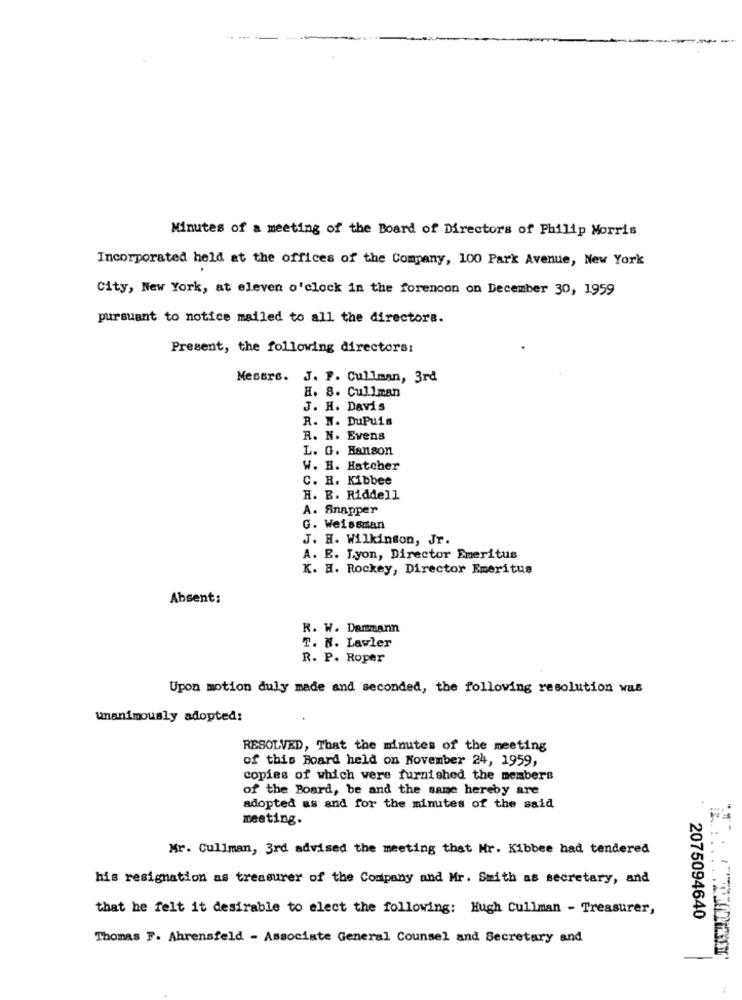
Minutes of a meeting of the Board of Directors of Philip Morris
Incorporated held at the offices of the Company, 100 Park Avenue, New York
City, New York, at eleven o'clock in the forenoon on December 30, 1959
pursuant to notice mailed to all the directora.
Present, the following directors:
Mesure. J. F. Cullman, 3rd
H. 8. Cullman
J. H. Davis
R. N. DuPuis
R. N. Evens
L. G. Hanson
W. H. Hatcher
C. H. Kibbee
H. B. Riddell
A. Snapper
G. Weissman
J. H. Wilkinson, Jr.
A. R. Lyon, Director Emeritus
K. H. Rockey, Director Emeritus
Absent:
R. W. Dammann
T. N. Lawler
R. P. Roper
Upon motion duly made and seconded, the following resolution was
unanimously adopted:
RESOLVED, That the minutes of the meeting
of this Board held on November 24, 1959,
copies of which were furnished the members
of the Board, be and the same hereby are
adopted as and for the minutes of the said
meeting.
Mr. Cullman, 3rd advised the meeting that Mr. Kibbee had tendered
his resignation as treasurer of the Company and Mr. Smith as secretary, and
that he felt it desirable to elect the following: Hugh Cullman - Treasurer,
2075094640
Thomas F. Ahrensfeld - Associate General Counsel and Secretary and